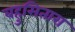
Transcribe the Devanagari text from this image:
बहुसितारा